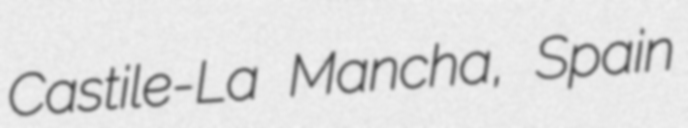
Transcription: Castile-La Mancha, Spain